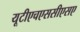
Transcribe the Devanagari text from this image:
यूटीएचएससीएसए